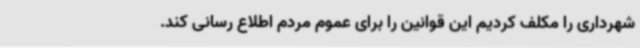
شهرداری را مکلف کردیم این قوانین را برای عموم مردم اطلاع رسانی کند.